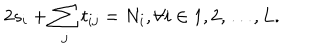
2 s _ { i } + \sum _ { j } t _ { i j } = N _ { i } , \forall i \in { 1 , 2 , \ldots , L } .